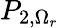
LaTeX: P_{2,\Omega_{r}}